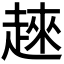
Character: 𧼛